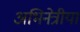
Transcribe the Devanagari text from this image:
अभिनेत्रीयां